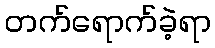
တက်ရောက်ခဲ့ရာ